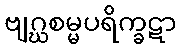
ဗျဂ္ဃစမ္မပရိက္ခဋာ